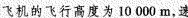
飞机的飞行高度为10 000m，速